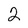
Character: 2